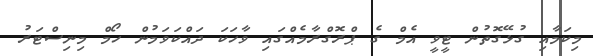
މިކަމާއި ގުޅޭގޮތުން ޓީވީ އެމް ގެ ޕްރޮގްރާމެއްގައި ވާހަކަ ދައްކަވަމުން ހޯމް މިނިސްޓަރު